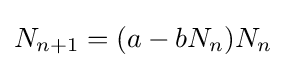
{\displaystyle N_{n+1}=(a-bN_{n})N_{n}}